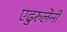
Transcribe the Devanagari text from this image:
एढुरुलेनी